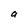
Character: a